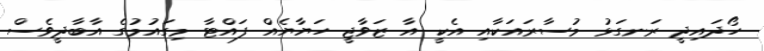
ހޯދައިދީ ރަނގަޅު މުސާރައަކާއި އެކީ އާ ޒަވާޖީ ހަޔާޔެއް ފައްޓާ މިގައުމުގެ އާބާދީވެސް